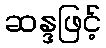
ဆန္ဒဖြင့်